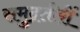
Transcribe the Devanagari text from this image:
समुद्रतीरीं